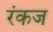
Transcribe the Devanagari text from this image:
रंकज